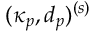
( \kappa _ { p } , d _ { p } ) ^ { ( s ) }